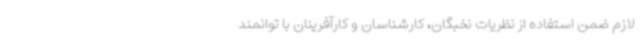
لازم ضمن استفاده از نظریات نخبگان، کارشناسان و کارآفرینان با توانمند